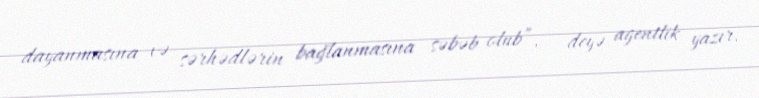
dayanmasına və sərhədlərin bağlanmasına səbəb olub”, - deyə agentlik yazır.